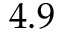
4 . 9